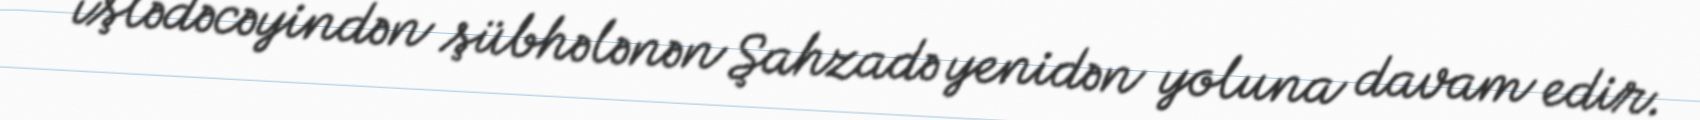
işlədəcəyindən şübhələnən Şahzadə yenidən yoluna davam edir.